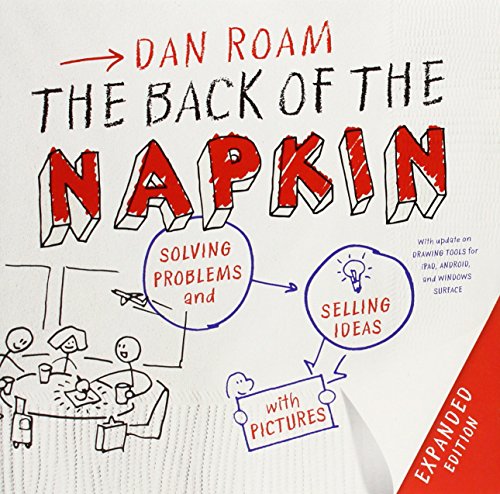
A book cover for The Back of the Napkin (Expanded Edition): Solving Problems and Selling Ideas with Pictures; Dan Roam; Self-Help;